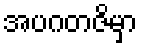
အပဂတဇိမှာ